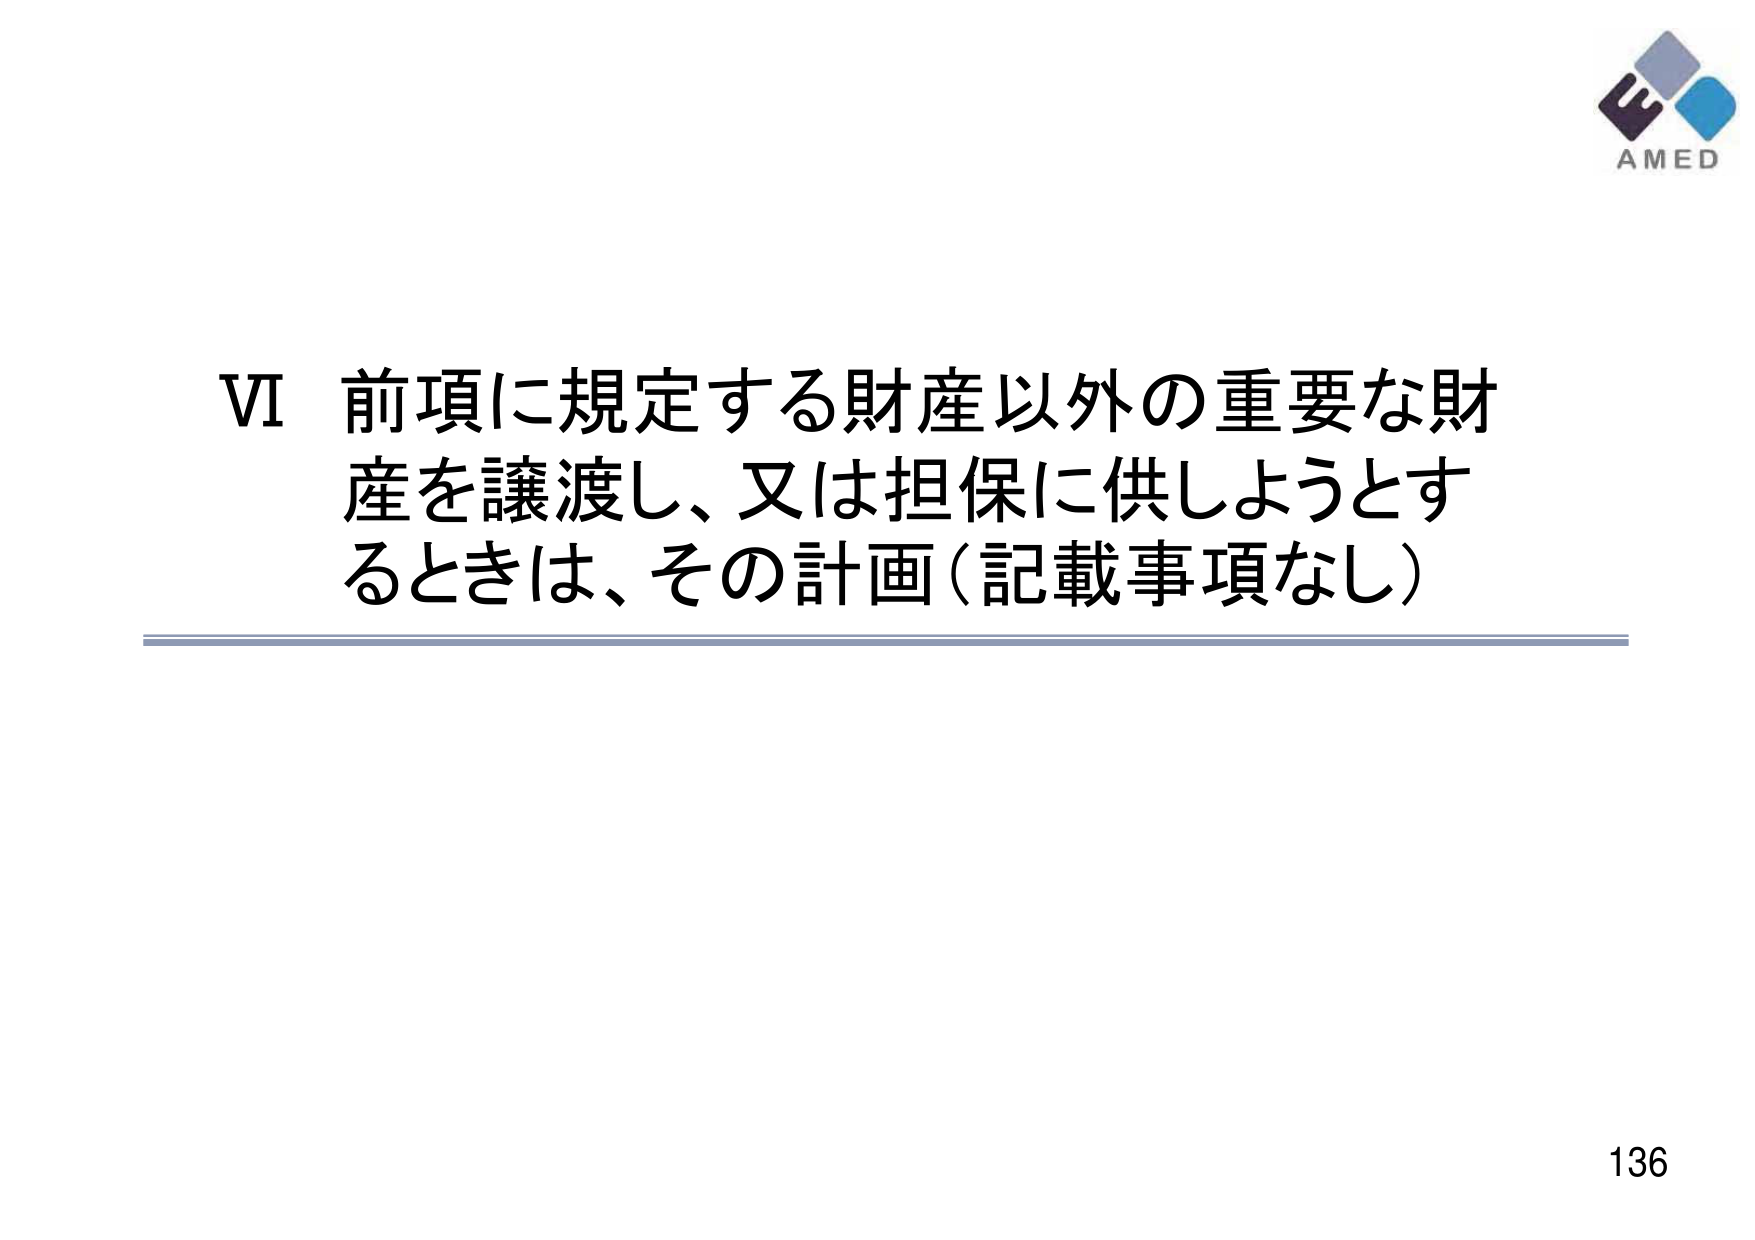
VI 前項に規定する財産以外の重要な財産を譲渡し、又は担保に供しようとするときは、その計画（記載事項なし）

AMED

136